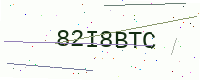
Text: 82I8BTC